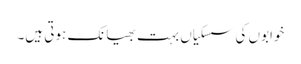
خوابوں کی سسکیاں بہت بھیانک ہوتی ہیں۔